Problem: 5 × 6 = ?
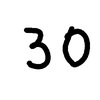
Handwritten answer: 30